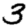
Digit: 3